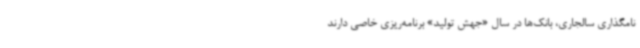
نامگذاری سالجاری، بانک‌ها در سال «جهش تولید» برنامه‌ریزی خاصی دارند